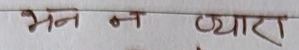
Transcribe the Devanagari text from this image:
भन न प्यारा